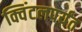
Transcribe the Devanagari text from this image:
क्विंटलपर्यंत